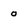
Character: o